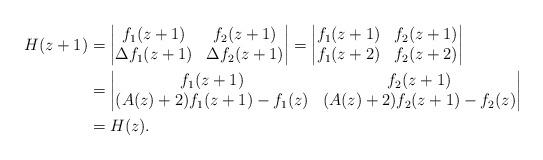
LaTeX: \begin{align*}H(z+1)&=\begin{vmatrix}f_1(z+1)&f_2(z+1)\\\Delta f_1(z+1)&\Delta f_2(z+1)\end{vmatrix}=\begin{vmatrix}f_1(z+1)&f_2(z+1)\\f_1(z+2)&f_2(z+2)\end{vmatrix} \\&=\begin{vmatrix}f_1(z+1)&f_2(z+1)\\(A(z)+2)f_1(z+1)-f_1(z)&(A(z)+2)f_2(z+1)-f_2(z)\end{vmatrix}\\&=H(z).\end{align*}